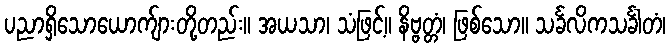
ပညာရှိသောယောက်ျားတို့တည်း။ အယသာ၊ သံဖြင့်။ နိဗ္ဗတ္တံ၊ ဖြစ်သော။ သင်္ခလိကသင်္ခါတံ၊